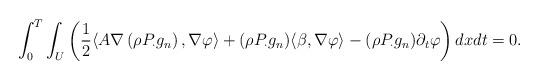
LaTeX: \begin{align*} \int_0^T\int_{U} \left ( \frac{1}{2}\langle A \nabla \left(\rho P_{\cdot} g_n\right), \nabla \varphi \rangle + (\rho P_{\cdot} g_n) \langle \beta, \nabla \varphi \rangle -(\rho P_{\cdot} g_n) \partial_t\varphi \right ) dxdt=0.\end{align*}